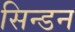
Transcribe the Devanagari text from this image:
सिन्डन